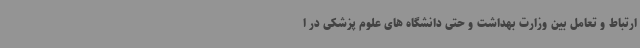
ارتباط و تعامل بین وزارت بهداشت و حتی دانشگاه های علوم پزشکی در ا